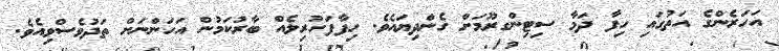
އަހަރެންގެ އަތުގައި ހިފާ ދަމާ ސިޓިންގރޫމަށް ގެންދިޔައެވެ. ހިފާފަހުރިލެއް ބާރުކަމުން އަހަންނަށް ތަދުވެސްވިއެވެ.